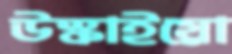
উস্‌কাইয়ো